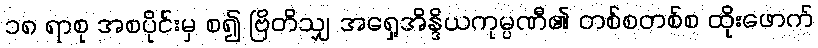
၁၈ ရာစု အစပိုင်းမှ စ၍ ဗြိတိသျှ အရှေ့အိန္ဒိယကုမ္ပဏီ၏ တစ်စတစ်စ ထိုးဖောက်